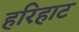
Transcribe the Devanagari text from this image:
हरिहाट